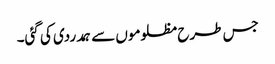
جس طرح مظلوموں سے ہمدردی کی گئی۔